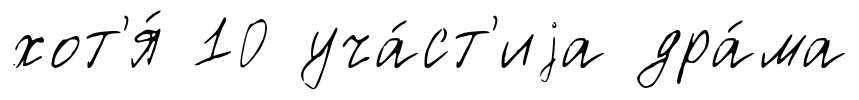
хот'я́ 10 уча́ст'иjа дра́ма